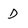
Character: D